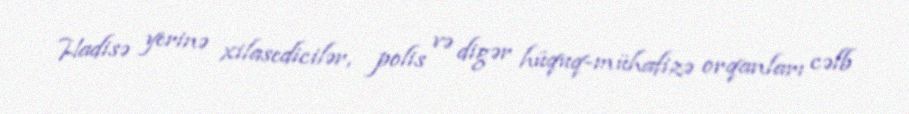
Hadisə yerinə xilasedicilər, polis və digər hüquq-mühafizə orqanları cəlb